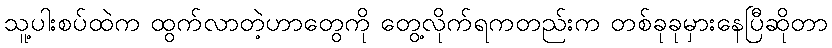
သူ့ပါးစပ်ထဲက ထွက်လာတဲ့ဟာတွေကို တွေ့လိုက်ရကတည်းက တစ်ခုခုမှားနေပြီဆိုတာ